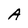
Character: A